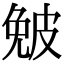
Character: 𤿯